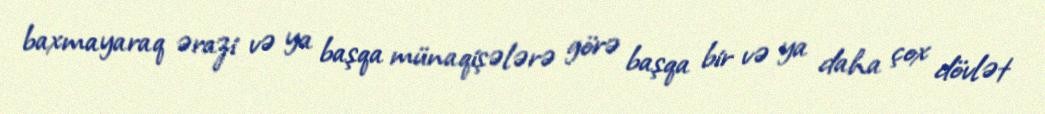
baxmayaraq ərazi və ya başqa münaqişələrə görə başqa bir və ya daha çox dövlət